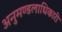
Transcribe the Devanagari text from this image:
अनुमण्डलाधिकारी